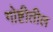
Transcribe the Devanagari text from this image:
गोष्टीतील